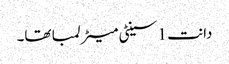
دانت 1 سینٹی میٹر لمبا تھا۔